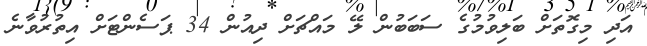
އަދި މިގޮތަށް ބަލިވުމުގެ ސަބަބުން ލޭ މައްޗަށް ދިއުން 34 ޕަސެންޓަށް އިތުރުވާނެ